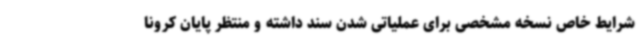
شرایط خاص نسخه مشخصی برای عملیاتی شدن سند داشته و منتظر پایان کرونا